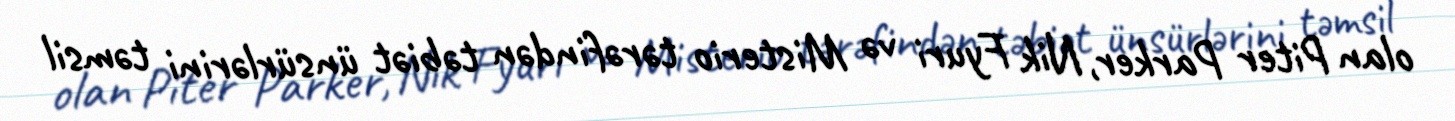
olan Piter Parker, Nik Fyuri və Misterio tərəfindən təbiət ünsürlərini təmsil